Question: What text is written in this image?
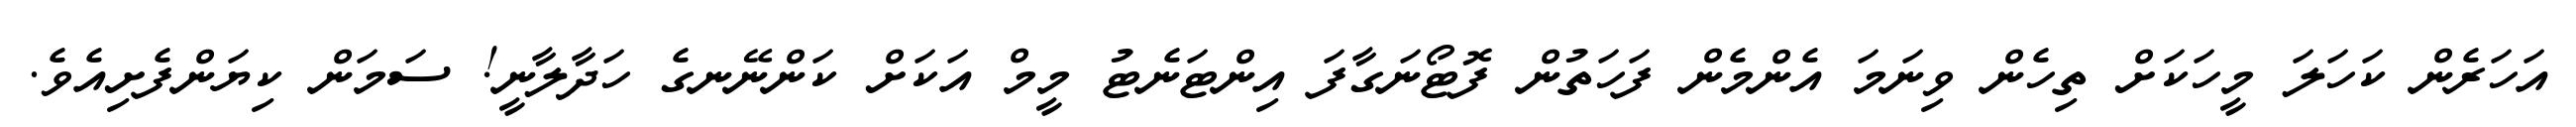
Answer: އަހަރެން ކަހަލަ މީހަކަށް ތިހެން ވިނަމަ އެންމެން ފަހަތުން ފޮޓޯނަގާފަ އިންޓަނެޓު މީމް އަކަށް ކަންނޭނގެ ހަދާލާނީ! ސަމަން ކިޔަންފެށިއެވެ.